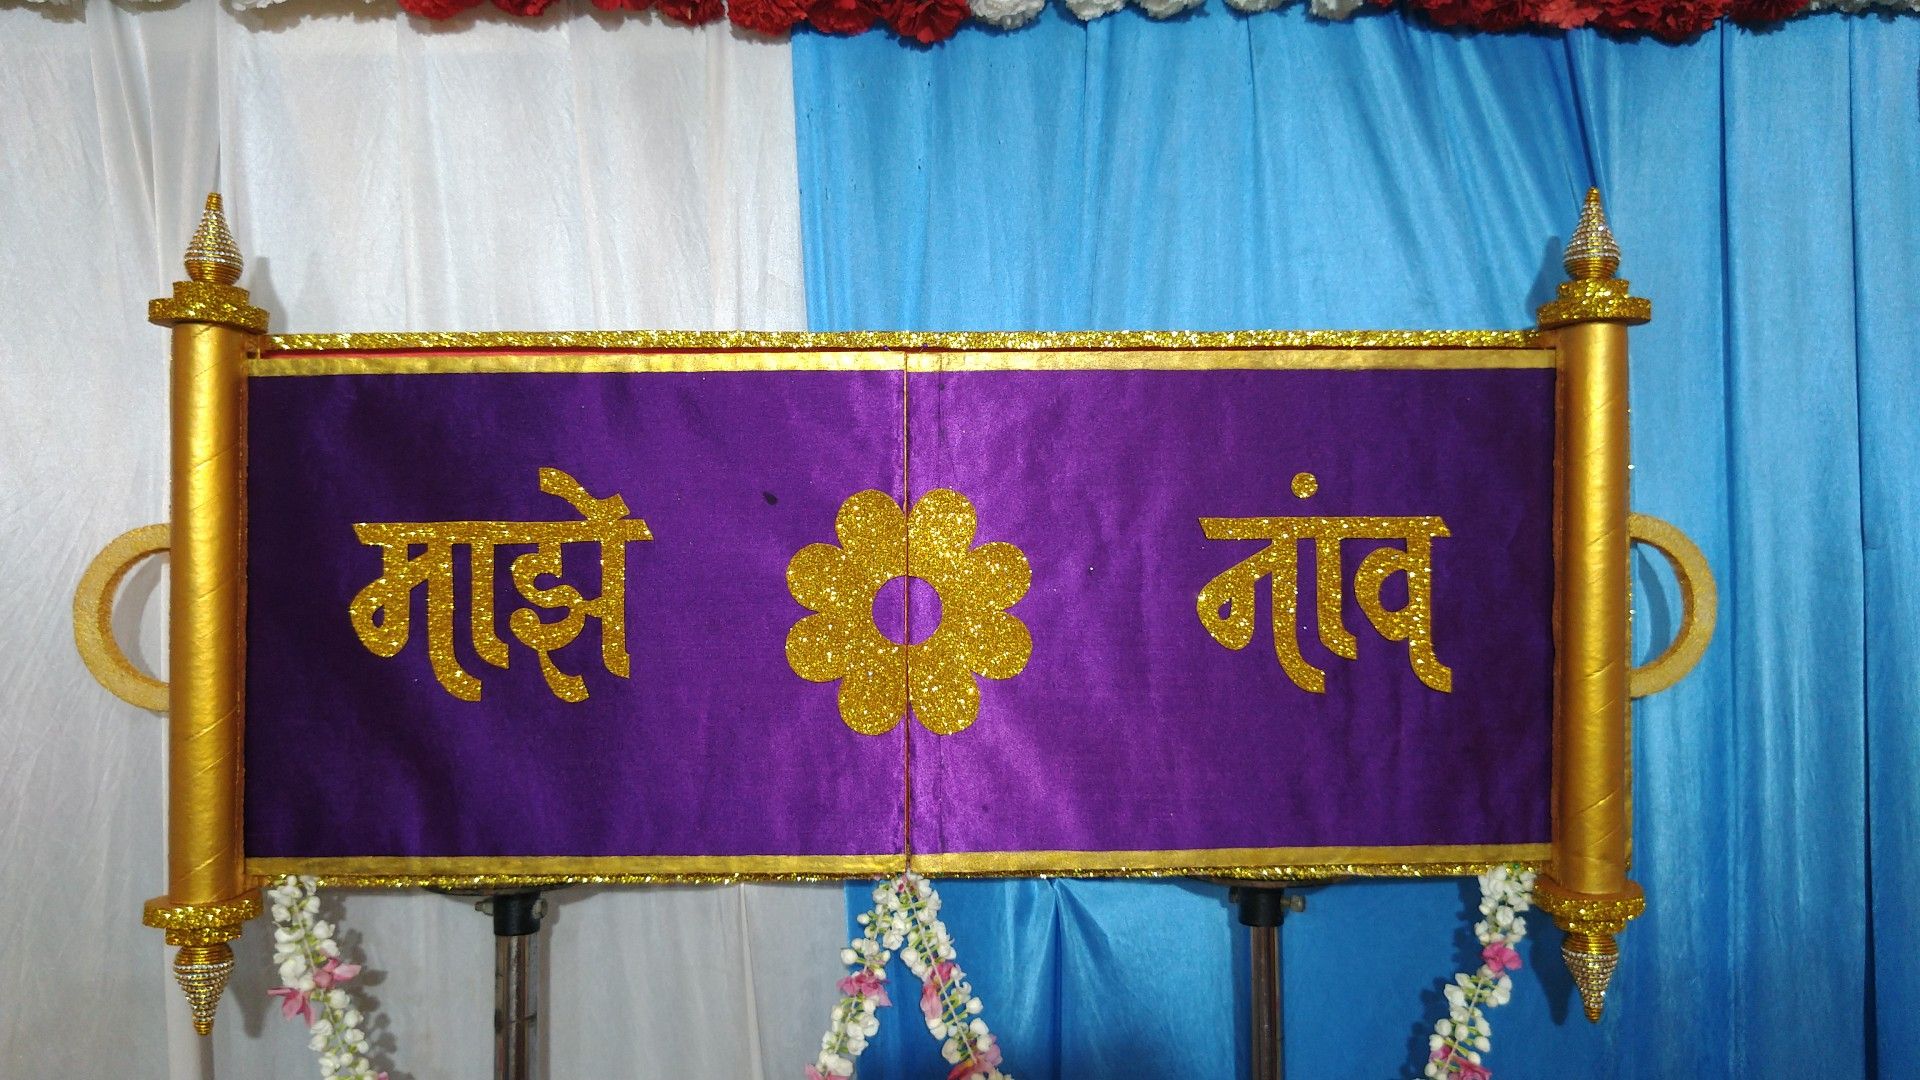
Language: marathi
Transcription: नांव माझे